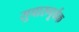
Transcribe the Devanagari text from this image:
सुचारुपूर्वक